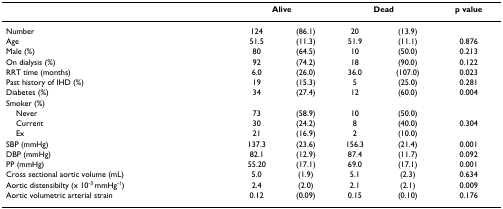
|  | <COLSPAN=2> Alive | <COLSPAN=2> Dead | p value |
 | --- | --- | --- | --- | --- | --- |
 | Number | 124 | (86.1) | 20 | (13.9) |  |
 | Age | 51.5 | (11.3) | 51.9 | (11.1) | 0.876 |
 | Male (%) | 80 | (64.5) | 10 | (50.0) | 0.213 |
 | On dialysis (%) | 92 | (74.2) | 18 | (90.0) | 0.122 |
 | RRT time (months) | 6.0 | (26.0) | 36.0 | (107.0) | 0.023 |
 | Past history of IHD (%) | 19 | (15.3) | 5 | (25.0) | 0.281 |
 | Diabetes (%) | 34 | (27.4) | 12 | (60.0) | 0.004 |
 | Smoker (%) |  |  |  |  |  |
 | Never | 73 | (58.9) | 10 | (50.0) |  |
 | Current | 30 | (24.2) | 8 | (40.0) | 0.304 |
 | Ex | 21 | (16.9) | 2 | (10.0) |  |
 | SBP (mmHg) | 137.3 | (23.6) | 156.3 | (21.4) | 0.001 |
 | DBP (mmHg) | 82.1 | (12.9) | 87.4 | (11.7) | 0.092 |
 | PP (mmHg) | 55.20 | (17.1) | 69.0 | (17.1) | 0.001 |
 | Cross sectional aortic volume (mL) | 5.0 | (1.9) | 5.1 | (2.3) | 0.634 |
 | Aortic distensibilty (x 10-3 mmHg-1) | 2.4 | (2.0) | 2.1 | (2.1) | 0.009 |
 | Aortic volumetric arterial strain | 0.12 | (0.09) | 0.15 | (0.10) | 0.176 |